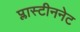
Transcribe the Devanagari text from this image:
प्लास्टीननेट